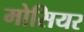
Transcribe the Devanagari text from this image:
मोसियर